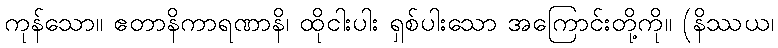
ကုန်သော။ ဧတာနိကာရဏာနိ၊ ထိုငါးပါး ရှစ်ပါးသော အကြောင်းတို့ကို။ (နိဿယ၊